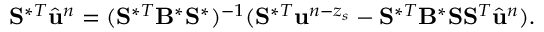
\mathbf { S } ^ { \ast T } \hat { \ensuremath { \mathbf { u } } } ^ { n } = ( \mathbf { S } ^ { \ast T } \mathbf { B } ^ { \ast } \mathbf { S } ^ { \ast } ) ^ { - 1 } ( \mathbf { S } ^ { \ast T } \ensuremath { \mathbf { u } } ^ { n - z _ { s } } - \mathbf { S } ^ { \ast T } \mathbf { B } ^ { \ast } \mathbf { S } \mathbf { S } ^ { T } \hat { \ensuremath { \mathbf { u } } } ^ { n } ) .